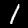
Digit: 1